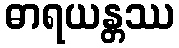
ဓာရယန္တဿ